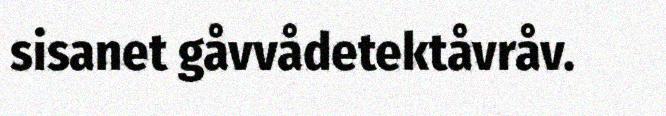
sisanet gåvvådetektåvråv.